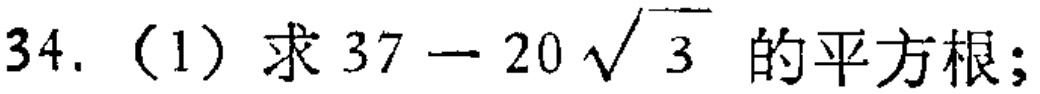
34.（1）求\(37 - 20\sqrt{3}\)的平方根；